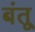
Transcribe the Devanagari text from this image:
बंतू